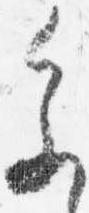
参